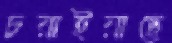
চরাইয়াছে